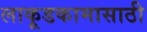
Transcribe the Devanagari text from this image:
लाकूडकामासाठी